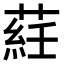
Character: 𦷺